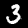
Label: 3